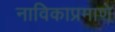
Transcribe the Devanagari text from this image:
नाविकाप्रमाणे